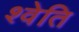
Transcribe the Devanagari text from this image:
श्वेति